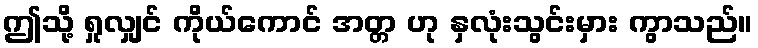
ဤသို့ ရှုလျှင် ကိုယ်ကောင် အတ္တ ဟု နှလုံးသွင်းမှား ကွာသည်။